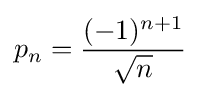
p_{n}={\frac {(-1)^{n+1}}{\sqrt {n}}}